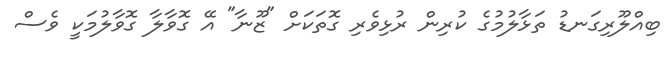
ބިއްލޫރިގަނޑު ތަޅާލުމުގެ ކުރިން ރުޅިވެރި ގޮތަކަށް "ޒޫނާ" އޭ ގޮވާލާ ގޮވާލުމަކީ ވެސް